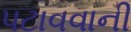
પટાવવાની